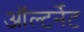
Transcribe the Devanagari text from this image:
ऑल्टर्नेट